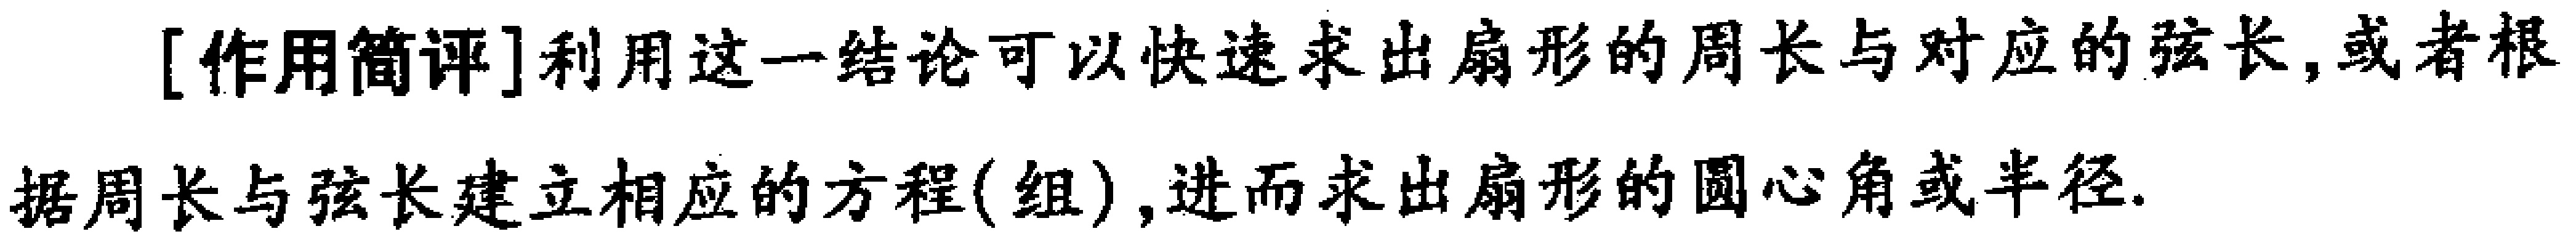
[作用简评]利用这一结论可以快速求出扇形的周长与对应的弦长,或者根据周长与弦长建立相应的方程(组),进而求出扇形的圆心角或半径.